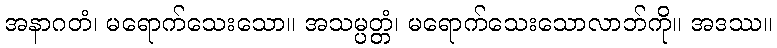
အနာဂတံ၊ မရောက်သေးသော။ အသမ္ပတ္တံ၊ မရောက်သေးသောလာဘ်ကို။ အဒဿ။